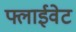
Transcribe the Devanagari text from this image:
फ्लाईवेट